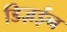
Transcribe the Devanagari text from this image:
डिज़ईन